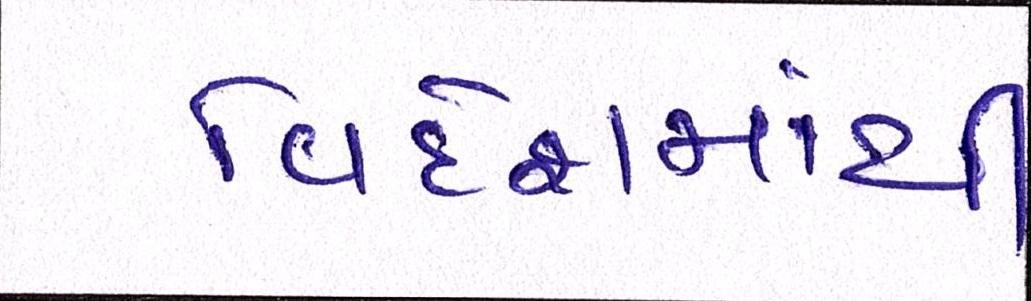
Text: વિદેશમાંથી